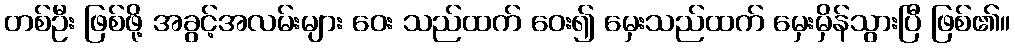
တစ်ဦး ဖြစ်ဖို့ အခွင့်အလမ်းများ ဝေး သည်ထက် ဝေး၍ မှေးသည်ထက် မှေးမှိန်သွားပြီ ဖြစ်၏။